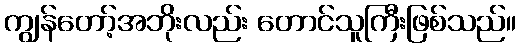
ကျွန်တော့်အဘိုးလည်း တောင်သူကြီးဖြစ်သည်။